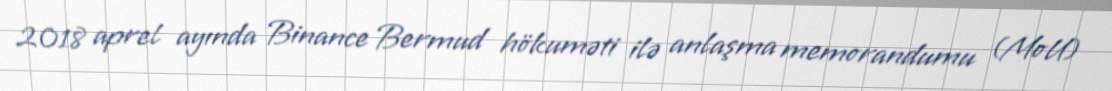
2018 aprel ayında Binance Bermud hökuməti ilə anlaşma memorandumu (MoU)